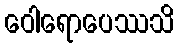
ဝေါရောပေဿသိ